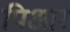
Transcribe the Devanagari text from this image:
पिआर